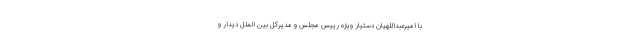
با امیرعبداللهیان دستیار ویژه رییس مجلس و مدیرکل بین الملل دیدار و